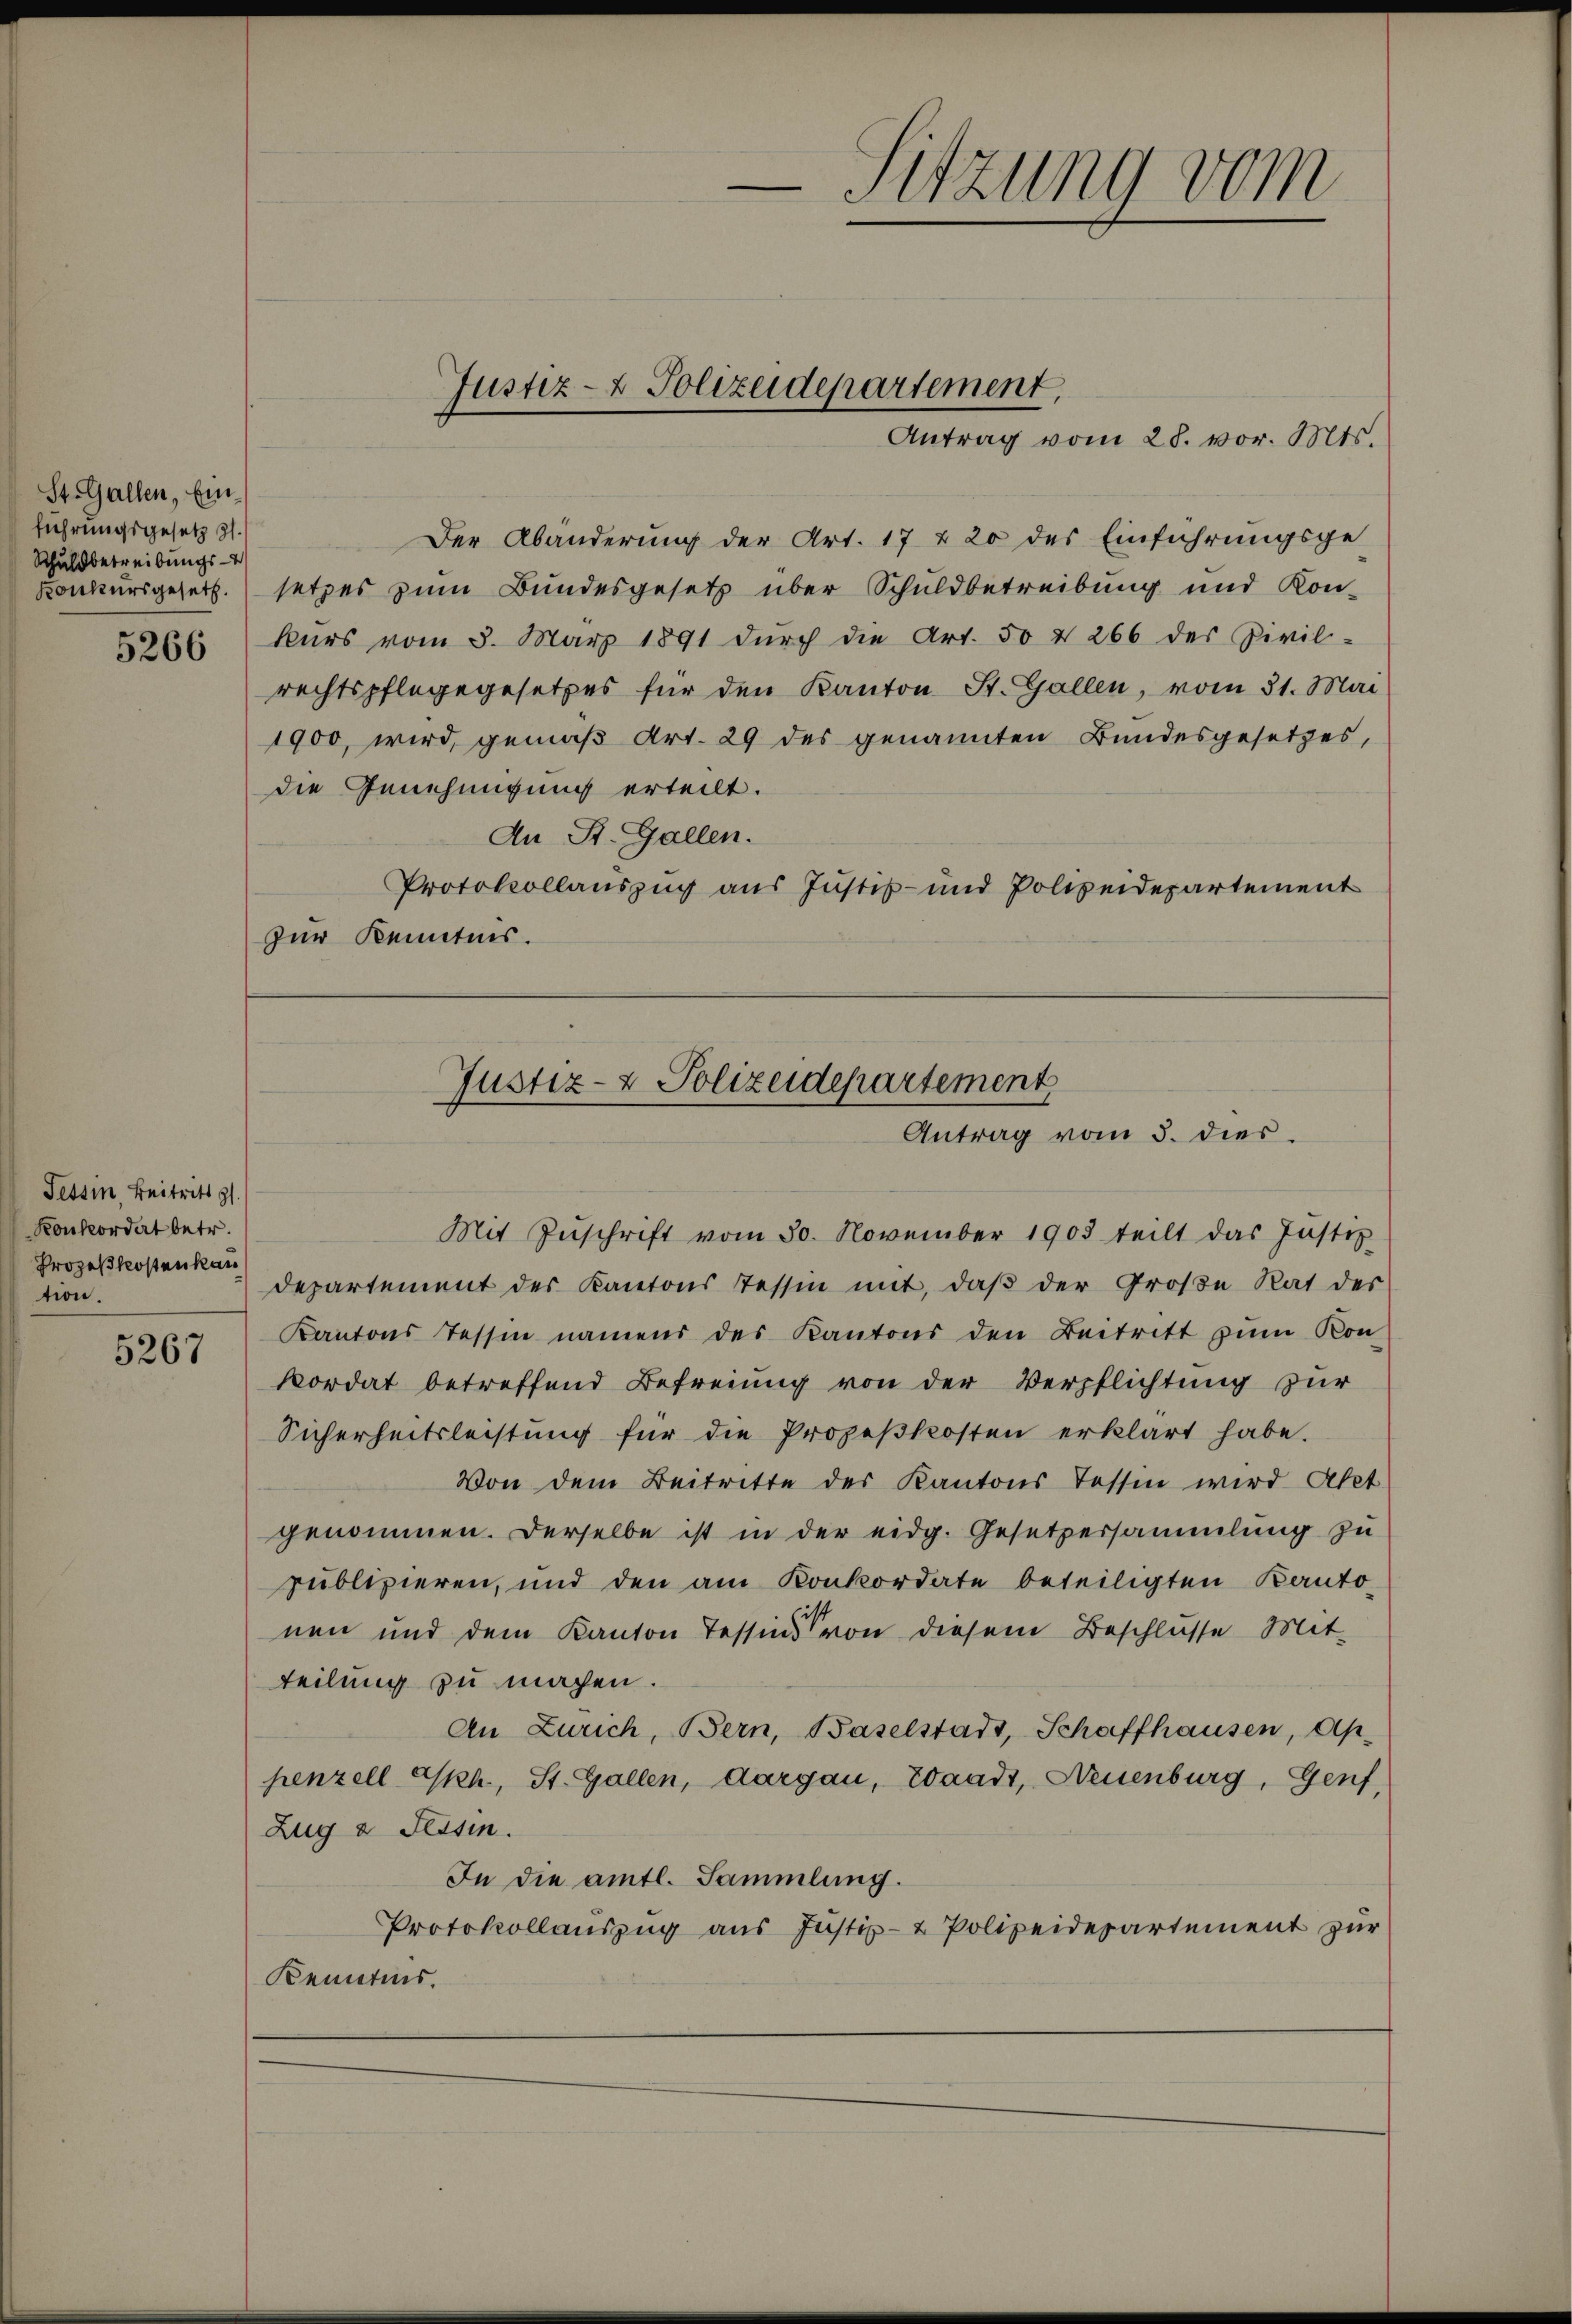
St. Gallen, Einführungsgesetz 21.
Schuldbetreibungs-

Tessin Beitritt z
Konkordat betr.
Prozeßkosten kau
tion.

5267

Antrag vom 28. vor. Mts.
Der Abänderung der Art. 17 & 20 des Einführungsge-
Konkursgesetz setzes zum Bundesgesetz über Schuldbetreibung und Kon-
5266 kŭrs vom 8. März 1891 dŭrch die Art. 50 & 266 der Zivil-
rechtspflegegesetzes für den Kanton St. Gallen, vom 31. Mai
1900, wird, gemäß Art. 29 des genannten Bundesgesetzes,
die Genehmigung erteilt.
An St. Gallen.
Protokollauszug aus Justiz- und Polizeidepartement
zur Kenntnis.

Justiz- & Polizeidepartement,

Sitzung vom

Justiz- & Polizeidepartement
Antrag vom 5. dies

Mit Zŭschrift vom 30. November 1903 teilt das Justiz
departement der Kantons Tessin mit, daβ der Große Rat der
Kantons Tessin namens des Kantons den Beitritt zum Kon-
Kordat betreffend Befreiung von der Verpflichtung zur
Sicherheitsleistung für die Prozeßkosten erklärt habe.
Von dem Beitritte der Kantons Tessin wird Atet
genommen. Derselbe ist in der eidg. Gesetzersammlung zŭ
publizieren, und den am Konkordate beteiligten Kanto-
nen und dem Kanton Tessins von diesem Beschlusse Mit-
teilung zu machen.
An Zürich, Bern, Baselstadt, Schaffhausen, Ap-
henzell Akh., St. Gallen, Aargau, Waadt, Neuenburg, Genf,
Zug a Tessin.
In die amtl. Sammlung.
Protokollauszug aus Justiz- & Polizeidepartement zur
Kenntnis.